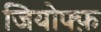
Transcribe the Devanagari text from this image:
जियोफ्फ़